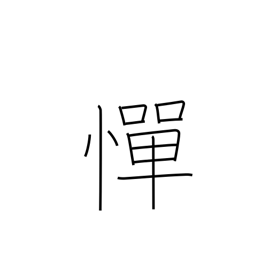
Meaning: hesitate